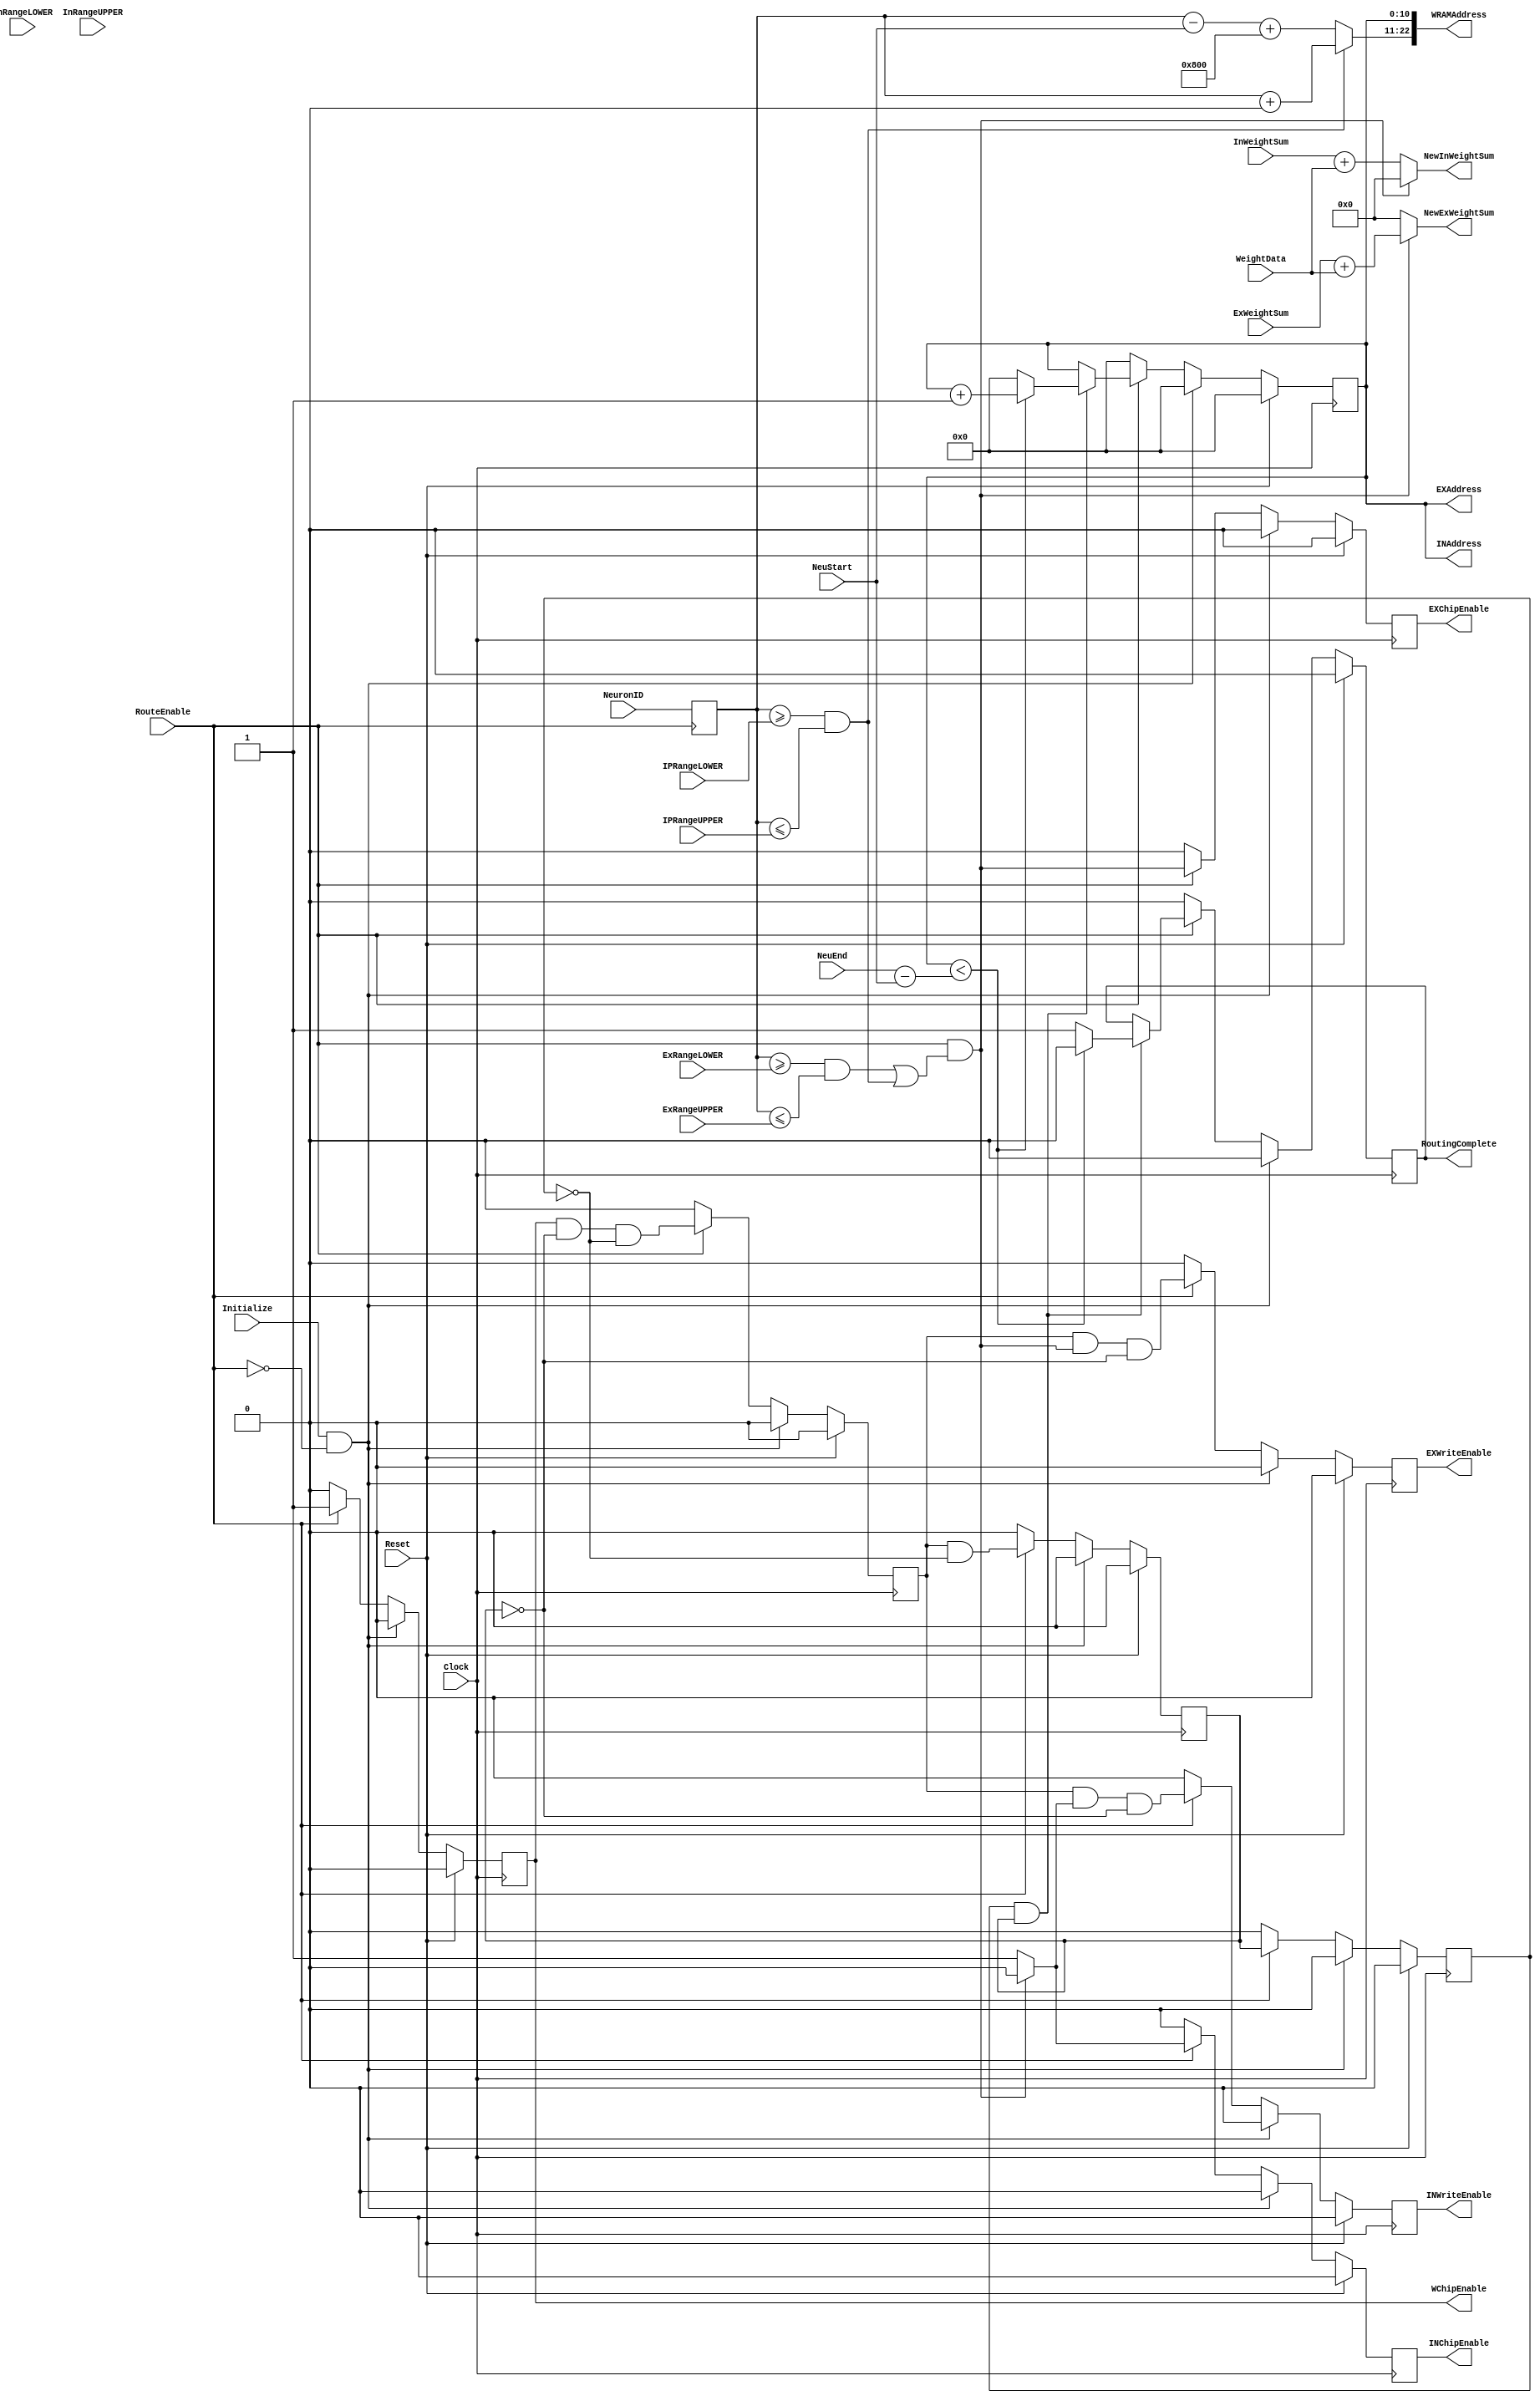
module InputRouter
#(
	parameter INTEGER_WIDTH = 16,
	parameter DATA_WIDTH_FRAC = 32,
	parameter DATA_WIDTH = INTEGER_WIDTH + DATA_WIDTH_FRAC, 
	parameter NEURON_WIDTH_LOGICAL = 11, 
	parameter NEURON_WIDTH = NEURON_WIDTH_LOGICAL,
	parameter NEURON_WIDTH_INPUT = NEURON_WIDTH_LOGICAL,
	parameter NEURON_WIDTH_MAX_LAYER = 11,
	parameter ROW_WIDTH = NEURON_WIDTH_INPUT + 1,
	parameter COLUMN_WIDTH = NEURON_WIDTH_LOGICAL,  
	parameter ADDR_WIDTH = ROW_WIDTH + COLUMN_WIDTH,		//ADDR_WIDTH = 2* NEURON_WIDTH + 1 (2*X^2 Synapses for X logical neurons and X input neurons) ?? Not Exactly but works in the present Configuration
	parameter INPUT_NEURON_START = 0,
	parameter LOGICAL_NEURON_START = 2**NEURON_WIDTH_INPUT										
)																				


(
	//Control Inputs
	input Clock,
	input Reset,
	input RouteEnable,
	input wire Initialize,

	//Network Information: Neuron Ranges
	input wire [(NEURON_WIDTH-1):0] ExRangeLOWER,			//Neuron Type Ranges
	input wire [(NEURON_WIDTH-1):0] ExRangeUPPER,			//"
	input wire [(NEURON_WIDTH-1):0] InRangeLOWER,			//"		
	input wire [(NEURON_WIDTH-1):0] InRangeUPPER,			//"
	input wire [(NEURON_WIDTH-1):0] IPRangeLOWER,			//"
	input wire [(NEURON_WIDTH-1):0] IPRangeUPPER,			//"
	input wire [(NEURON_WIDTH-1):0] NeuStart,				//Minimum Actual NeuronID in current network 
	input wire [(NEURON_WIDTH-1):0] NeuEnd,					//Maximum Actual NeuronID in current Network
	
	//Queue Inputs
	input wire [(NEURON_WIDTH-1):0] NeuronID,				//ID of spiked neuron 
	
	//Inputs from Synaptic RAM
	input wire signed [(DATA_WIDTH-1):0] WeightData,		//OutputData from WRAM

	//Outputs to Synaptic RAM
	output reg WChipEnable,									//Read Weight Data	
	output [(ADDR_WIDTH-1):0] WRAMAddress,					//Address for Weights	

	//Inputs from Dendritic RAM
	input wire signed [(DATA_WIDTH-1):0] ExWeightSum,		//OutputData from ExWeightSum 	
	input wire signed [(DATA_WIDTH-1):0] InWeightSum,		//OutputData from InWeightSum 
	
	//Outputs to Dendritic RAM (via Neuron Unit)
	output reg EXChipEnable,								//Read ExWeightSum Data
	output reg INChipEnable,								//Read InWeightSum Data
	output reg EXWriteEnable,								//Write ExWeightSum Data
	output reg INWriteEnable,								//Write InWeightSum Data
	output wire [(NEURON_WIDTH-1):0] EXAddress,				//Address of affected neuron if spiked neuron is Ex
	output wire [(NEURON_WIDTH-1):0] INAddress,				//Address of affected neuron if spiked neuron is In
	output wire signed [(DATA_WIDTH-1):0] NewExWeightSum,	//Modified Weight-sum 			
	output wire signed [(DATA_WIDTH-1):0] NewInWeightSum,	//Modified Weight-sum 

	//Control Outputs
	output reg RoutingComplete								//Back to System control for next wave of route/update

		
);





	
	reg [(NEURON_WIDTH-1):0] Current_Affected, NID;
	
	
	wire Spiked_ExOrIn; 
	reg DoneRead, DoneWrite, Next;
	wire signed [(DATA_WIDTH-1):0] CurrentWeight, CurrentEx, CurrentIn;


	//Address Generation 
	assign WRAMAddress[(ADDR_WIDTH-1):(ADDR_WIDTH-ROW_WIDTH)] = (NID >= IPRangeLOWER && NID <= IPRangeUPPER) ? NID + INPUT_NEURON_START : NID - NeuStart + LOGICAL_NEURON_START;					
	assign WRAMAddress[(COLUMN_WIDTH-1):0] = Current_Affected;
	assign EXAddress = Current_Affected;
	assign INAddress = Current_Affected;
	
	
	
	//Routing Choice
	assign Spiked_ExOrIn = RouteEnable && ((NID >= ExRangeLOWER && NID <= ExRangeUPPER) || (NID >= IPRangeLOWER && NID <= IPRangeUPPER)) ? 1'b0 : 1'b1 ; //Signal is 0 -> Ex , 1 -> In

	//New Read Data
	assign CurrentWeight = WeightData;
	assign CurrentEx = ExWeightSum;
	assign CurrentIn = InWeightSum;
		
	//New Modified Data
	assign NewExWeightSum = (~Spiked_ExOrIn)? CurrentEx + CurrentWeight : 0;
	assign NewInWeightSum = (Spiked_ExOrIn)? CurrentIn + CurrentWeight : 0;
	
	

	
	always @ (posedge Clock) begin 
	
		if(Reset) begin 
	
			//Outputs Reset
			WChipEnable <= 1'b0;
			EXChipEnable <= 1'b0;
			INChipEnable <= 1'b0;
			EXWriteEnable <= 0;
			INWriteEnable <= 0;
			RoutingComplete <= 0;	
	
			//Intermediates Reset
			Current_Affected <= 0;
			DoneRead <= 0;
			DoneWrite <= 0;
			Next <= 0;
	
		end

		else if(Initialize && ~RouteEnable) begin 


			//Outputs Initialize
			WChipEnable <= 1'b0;
			EXChipEnable <= 1'b0;
			INChipEnable <= 1'b0;
			EXWriteEnable <= 0;
			INWriteEnable <= 0;
			RoutingComplete <= 0;


			//Intermediates Initialize
			Current_Affected <= 0;
			DoneRead <= 0;	
			DoneWrite <= 0;
			Next <= 0;
			
		end
		
		else if(RouteEnable) begin

			WChipEnable <= 1'b1;
			EXChipEnable <= ~Spiked_ExOrIn;
			INChipEnable <= Spiked_ExOrIn;

			DoneRead <= WChipEnable && ~DoneWrite && ~Next;
			EXWriteEnable <= DoneRead && ~Spiked_ExOrIn && ~DoneWrite;
			INWriteEnable <= DoneRead && Spiked_ExOrIn && ~DoneWrite;
			DoneWrite <= DoneRead && ~Next;
			Next <= DoneWrite;
			if (Next && DoneWrite) begin 
				
				Current_Affected <= (Current_Affected < NeuEnd - NeuStart) ? Current_Affected + 1 : 0;
				RoutingComplete <= (Current_Affected < NeuEnd - NeuStart) ? 1'b0 : 1'b1;
			end
			else begin 
		
				Current_Affected <= Current_Affected;
			end
			 
		end
	
		else begin 
			
			//Outputs Reset
			WChipEnable <= 1'b0;
			EXChipEnable <= 1'b0;
			INChipEnable <= 1'b0;
			EXWriteEnable <= 0;
			INWriteEnable <= 0;
			RoutingComplete <= 0;


			//Intermediates Reset
			Current_Affected <= 0;
			DoneRead <= 0;	
			DoneWrite <= 0;
			Next <= 0;
		
		end
		

	end	
	
	//Hold Neuron Input Value for entire routing period
	always @ (posedge RouteEnable) begin 
		
		NID <= NeuronID;
	end


endmodule